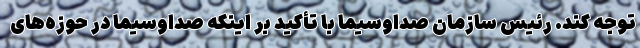
توجه کند. رئیس سازمان صداوسیما با تأکید بر اینکه صداوسیما در حوزه‌های